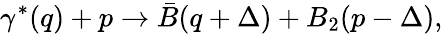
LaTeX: \gamma^{*}(q)+p\to\bar{B}(q+\Delta)+B_{2}(p-\Delta),